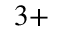
^ { 3 + }